Annual report of the Madras Medical College
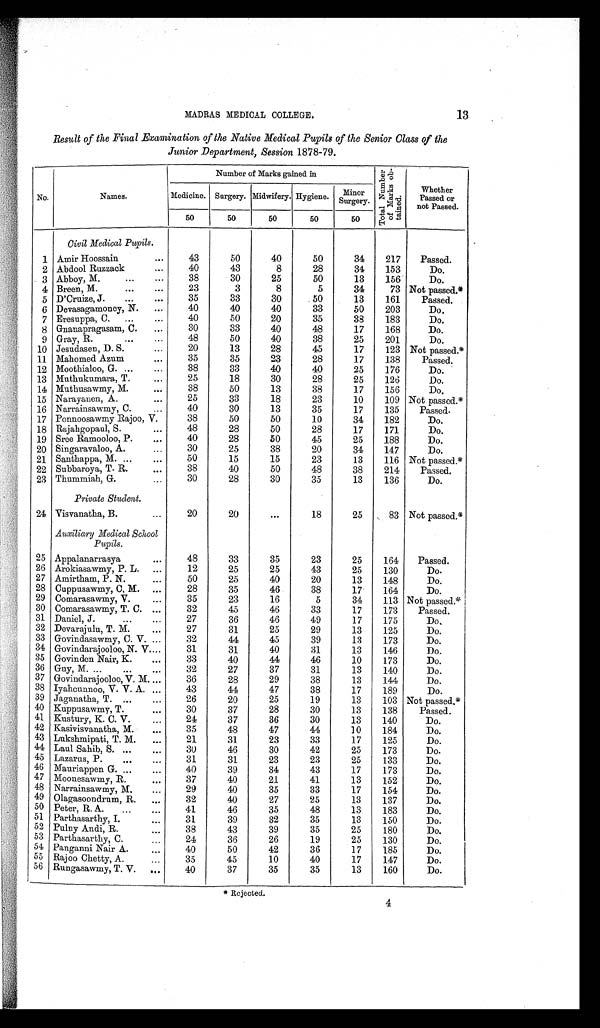
MADRAS MEDICAL COLLEGE.
13
Result of the Final Examination of the Native Medical Pupils of the Senior Class of the
Junior Department, Session 1878-79.
No.
Names.
Number of Marks gained in
To t a l Nu mb e r
of Ma r ks ob-
tained.
Whether
Passed or
not Passed.
Medicine. Surgery. Midwifery. Hygiene. Minor
Surgery.
50
50
50
50
50
Civil Medical Pupils.
1 Amir Hoossain
...
43
50
40
50
34
217
Passed.
2 Abdool Ruzzack
...
40
43
8
28
34
153
Do.
3 Abboy, M.
...
...
38
30
25
50
13
156
Do.
4 Breen, M.
...
...
23
3
8
5
34
73 Not passed.*
5 D'Cruize, J.
...
...
35
33
30
50
13
161
Passed.
6 Devasagamoney, N. ...
40
40
40
33
50
203
Do.
7 Eresuppa, C. ...
...
40
50
20
35
38
183
Do.
8 Gnanapragasam, C. ...
30
33
40
48
17
168
Do.
9 Gray, R.
...
...
48
50
40
38
25
201
Do.
10 Jesudasen, D. S.
...
20
13
28
45
17
123 Not passed.*
11 Mahomed Azum
...
35
35
23
28
17
138
Passed.
12 Moothialoo, G...
...
38
33
40
40
25
176
Do.
13 Muthukumara, T.
...
25
18
30
28
25
126
Do.
14 Muthusawmy, M.
...
38
50
13
38
17
156
Do.
15 Narayanen, A..
...
25
33
18
23
10
109 Not passed.*
16 Narrainsawmy, C.
...
40
30
13
35
17
135
Passed.
17 Ponnoosawmy Rajoo, V.
38
50
50
10
34
182
Do.
18 Rajahgopaul, S.
...
48
28
50
28
17
171
Do.
19 Sree Ramooloo, P.
...
40
28
50
45
25
188
Do.
20 Singaravaloo, A.
...
30
25
38
20
34
147
Do.
21 Santhappa, M...
...
50
15
15
23
13
116 Not passed.*
22 Subbaroya, T. R.
...
38
40
50
48
38
214
Passed.
23 Thummiah, G.
...
30
28
30
35
13
136
Do.
Private Student.
24 Visvanatha, B.
...
20
20
...
18
25
83 Not passed.*
Auxiliary Medical School
Pupils.
25 Appalanarrasya
...
48
33
35
23
25
164
Passed.
26 Arokiasawmy, P. L. ...
12
25
25
43
25
130
Do.
27 Amirtham, P. N.
...
50
25
40
20
13
148
Do.
28 Cuppusawmy, C. M. ...
28
35
46
38
17
164
Do.
29 Comarasawmy, V.
...
35
23
16
5
34
113 Not passed.*
30 Comarasawmy, T. C. ...
32
45
46
33
17
173
Passed.
31 Daniel, J. ...
...
27
36
46
49
17
175
Do.
32 Devarajulu, T. M.
...
27
31
25
29
13
125
Do.
33 Govindasawmy, C. V. ...
32
44
45
39
13
173
Do.
34 Govindarajooloo, N. V....
31
31
40
31
13
146
Do.
35 Govinden Nair, K.
...
33
40
44
46
10
173
Do.
36 Guy, M. ...
...
...
32
27
37
31
13
140
Do.
37 Govindarajooloo, V. M....
36
28
29
38
13
144
Do.
38 Iyahcunnoo, V. V. A. ...
43
44
47
38
17
189
Do.
39 Jaganatha, T. ...
...
26
20
25
19
13
103 Not passed.*
40 Kuppusawmy, T. ...
30
37
28
30
13
138
Passed.
41 Kustury, K. C. V.
...
24
37
36
30
13
140
Do.
42 Kasivisvanatha, M.
...
35
48
47
44
10
184
Do.
43 Lukshmipati, T. M.
...
21
31
23
33
17
125
Do.
44 Laul Sahib, S. ...
...
30
46
30
42
25
173
Do.
45 Lazarus, P. ... ...
31
31
23
23
25
133
Do.
46 Mauriappen G. ...
...
40
39
34
43
17
173
Do.
47 Moonesawmy, R. ...
37
40
21
41
13
152
Do.
48 Narrainsawmy, M.
...
29
40
35
33
17
154
Do.
49 Olagasoondrum, R. ...
32
40
27
25
13
137
Do.
50 Peter, R. A.
...
...
41
46
35
48
13
183
Do.
51 Parthasarthy, I. ...
31
39
32
35
13
150
Do.
52 Pulny Andi, R.
...
38
43
39
35
25
180
Do.
53 Parthasarthy, C. ...
24
36
26
19
25
130
Do.
54 Panganni Nair A.
...
40
50
42
36
17
185
Do.
55 Rajoo Chetty, A.
...
35
45
10
40
17
147
Do.
56 Rungasawmy, T. V. ...
40
37
35
35
13
160
Do.
* R e j e c t e d . 4